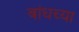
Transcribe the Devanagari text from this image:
बांधच्या